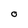
Character: O